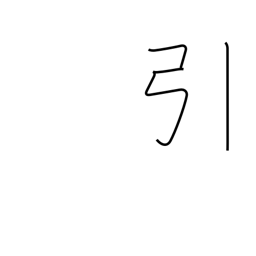
Meaning: pull